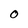
Character: O